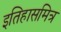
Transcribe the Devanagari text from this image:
इतिहासमित्र